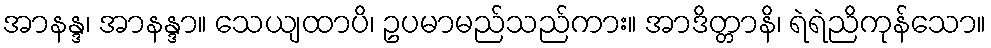
အာနန္ဒ၊ အာနန္ဒာ။ သေယျထာပိ၊ ဥပမာမည်သည်ကား။ အာဒိတ္တာနိ၊ ရဲရဲညိကုန်သော။